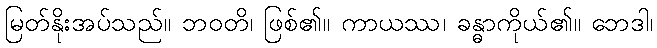
မြတ်နိုးအပ်သည်။ ဘဝတိ၊ ဖြစ်၏။ ကာယဿ၊ ခန္ဓာကိုယ်၏။ ဘေဒါ၊